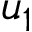
u _ { 1 }